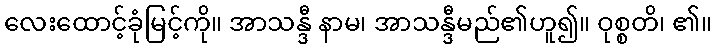
လေးထောင့်ခုံမြင့်ကို။ အာသန္ဒီ နာမ၊ အာသန္ဒီမည်၏ဟူ၍။ ဝုစ္စတိ၊ ၏။